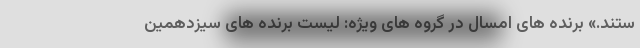
ستند.» برنده های امسال در گروه های ویژه: لیست برنده های سیزدهمین